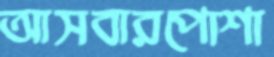
আসবারপোশা